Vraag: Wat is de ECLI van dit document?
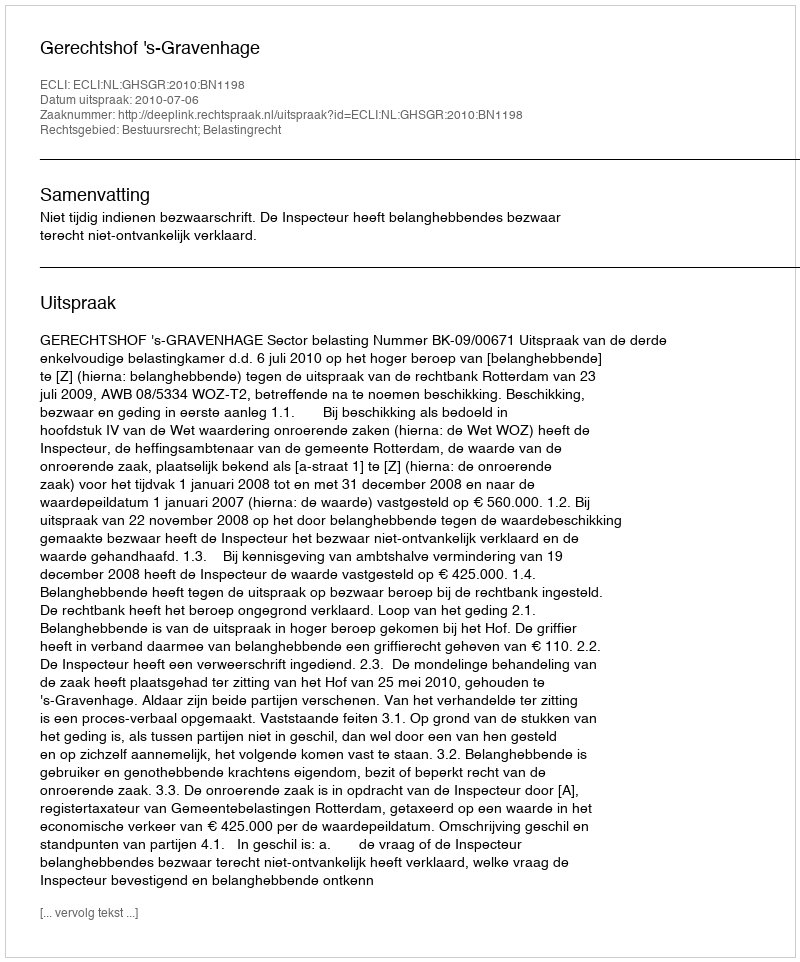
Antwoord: ECLI:NL:GHSGR:2010:BN1198